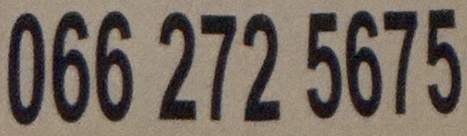
066 272 5675